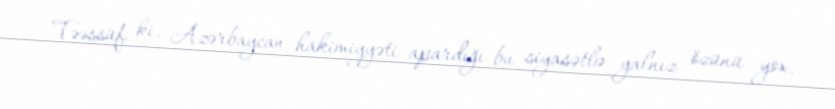
Təəssüf ki, Azərbaycan hakimiyyəti apardığı bu siyasətlə yalnız özünü yox,